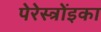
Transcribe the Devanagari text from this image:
पेरेस्त्रोंइका